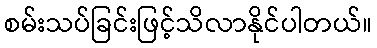
စမ်းသပ်ခြင်းဖြင့်သိလာနိုင်ပါတယ်။